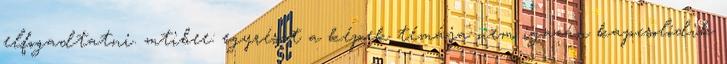
elfogadtatni. mtibee: egyrészt a képek témája nem igazán kapcsolódik